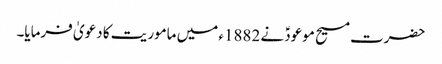
حضرت مسیح موعودؑ نے 1882ء میں ماموریت کا دعویٰ فرمایا۔